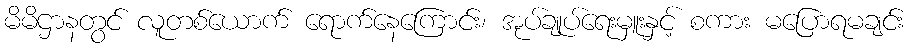
မိမိဌာနတွင် လူတစ်ယောက် ရောက်နေကြောင်း၊ အုပ်ချုပ်ရေးမှူးနှင့် စကား မပြောရမချင်း